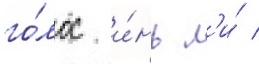
го́лос и́нь л'и́ /